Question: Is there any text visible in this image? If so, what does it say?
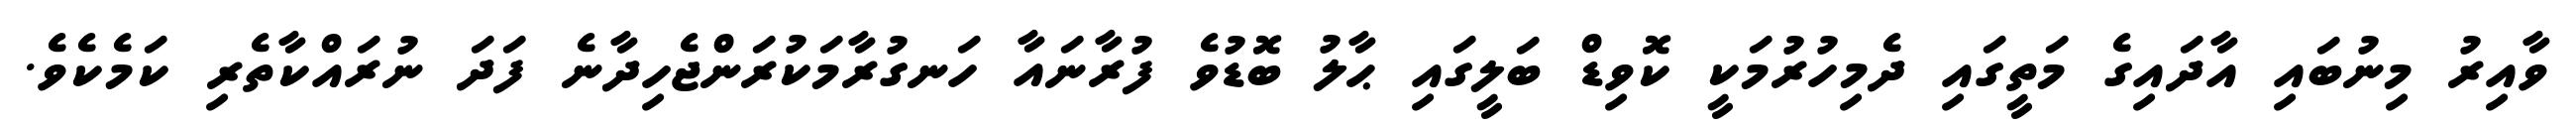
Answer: ވާއިރު މިނުބައި އާދައިގެ މަތީގައި ދެމިހުރުމަކީ ކޮވިޑް ބަލީގައި ޙާލު ބޮޑުވެ ފުރާނައާ ހަނގުރާމަކުރަންޖެހިދާނެ ފަދަ ނުރައްކާތެރި ކަމެކެވެ.